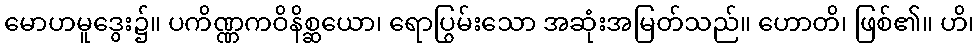
မောဟမူဒွေး၌။ ပကိဏ္ဏကဝိနိစ္ဆယော၊ ရောပြွမ်းသော အဆုံးအမြတ်သည်။ ဟောတိ၊ ဖြစ်၏။ ဟိ၊